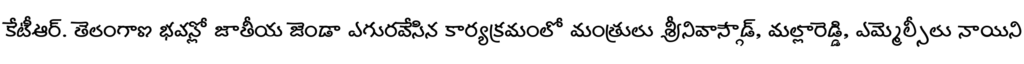
కేటీఆర్. తెలంగాణ భవన్లో జాతీయ జెండా ఎగురవేసిన కార్యక్రమంలో మంత్రులు శ్రీనివాస్గౌడ్, మల్లారెడ్డి, ఎమ్మెల్సీలు నాయిని